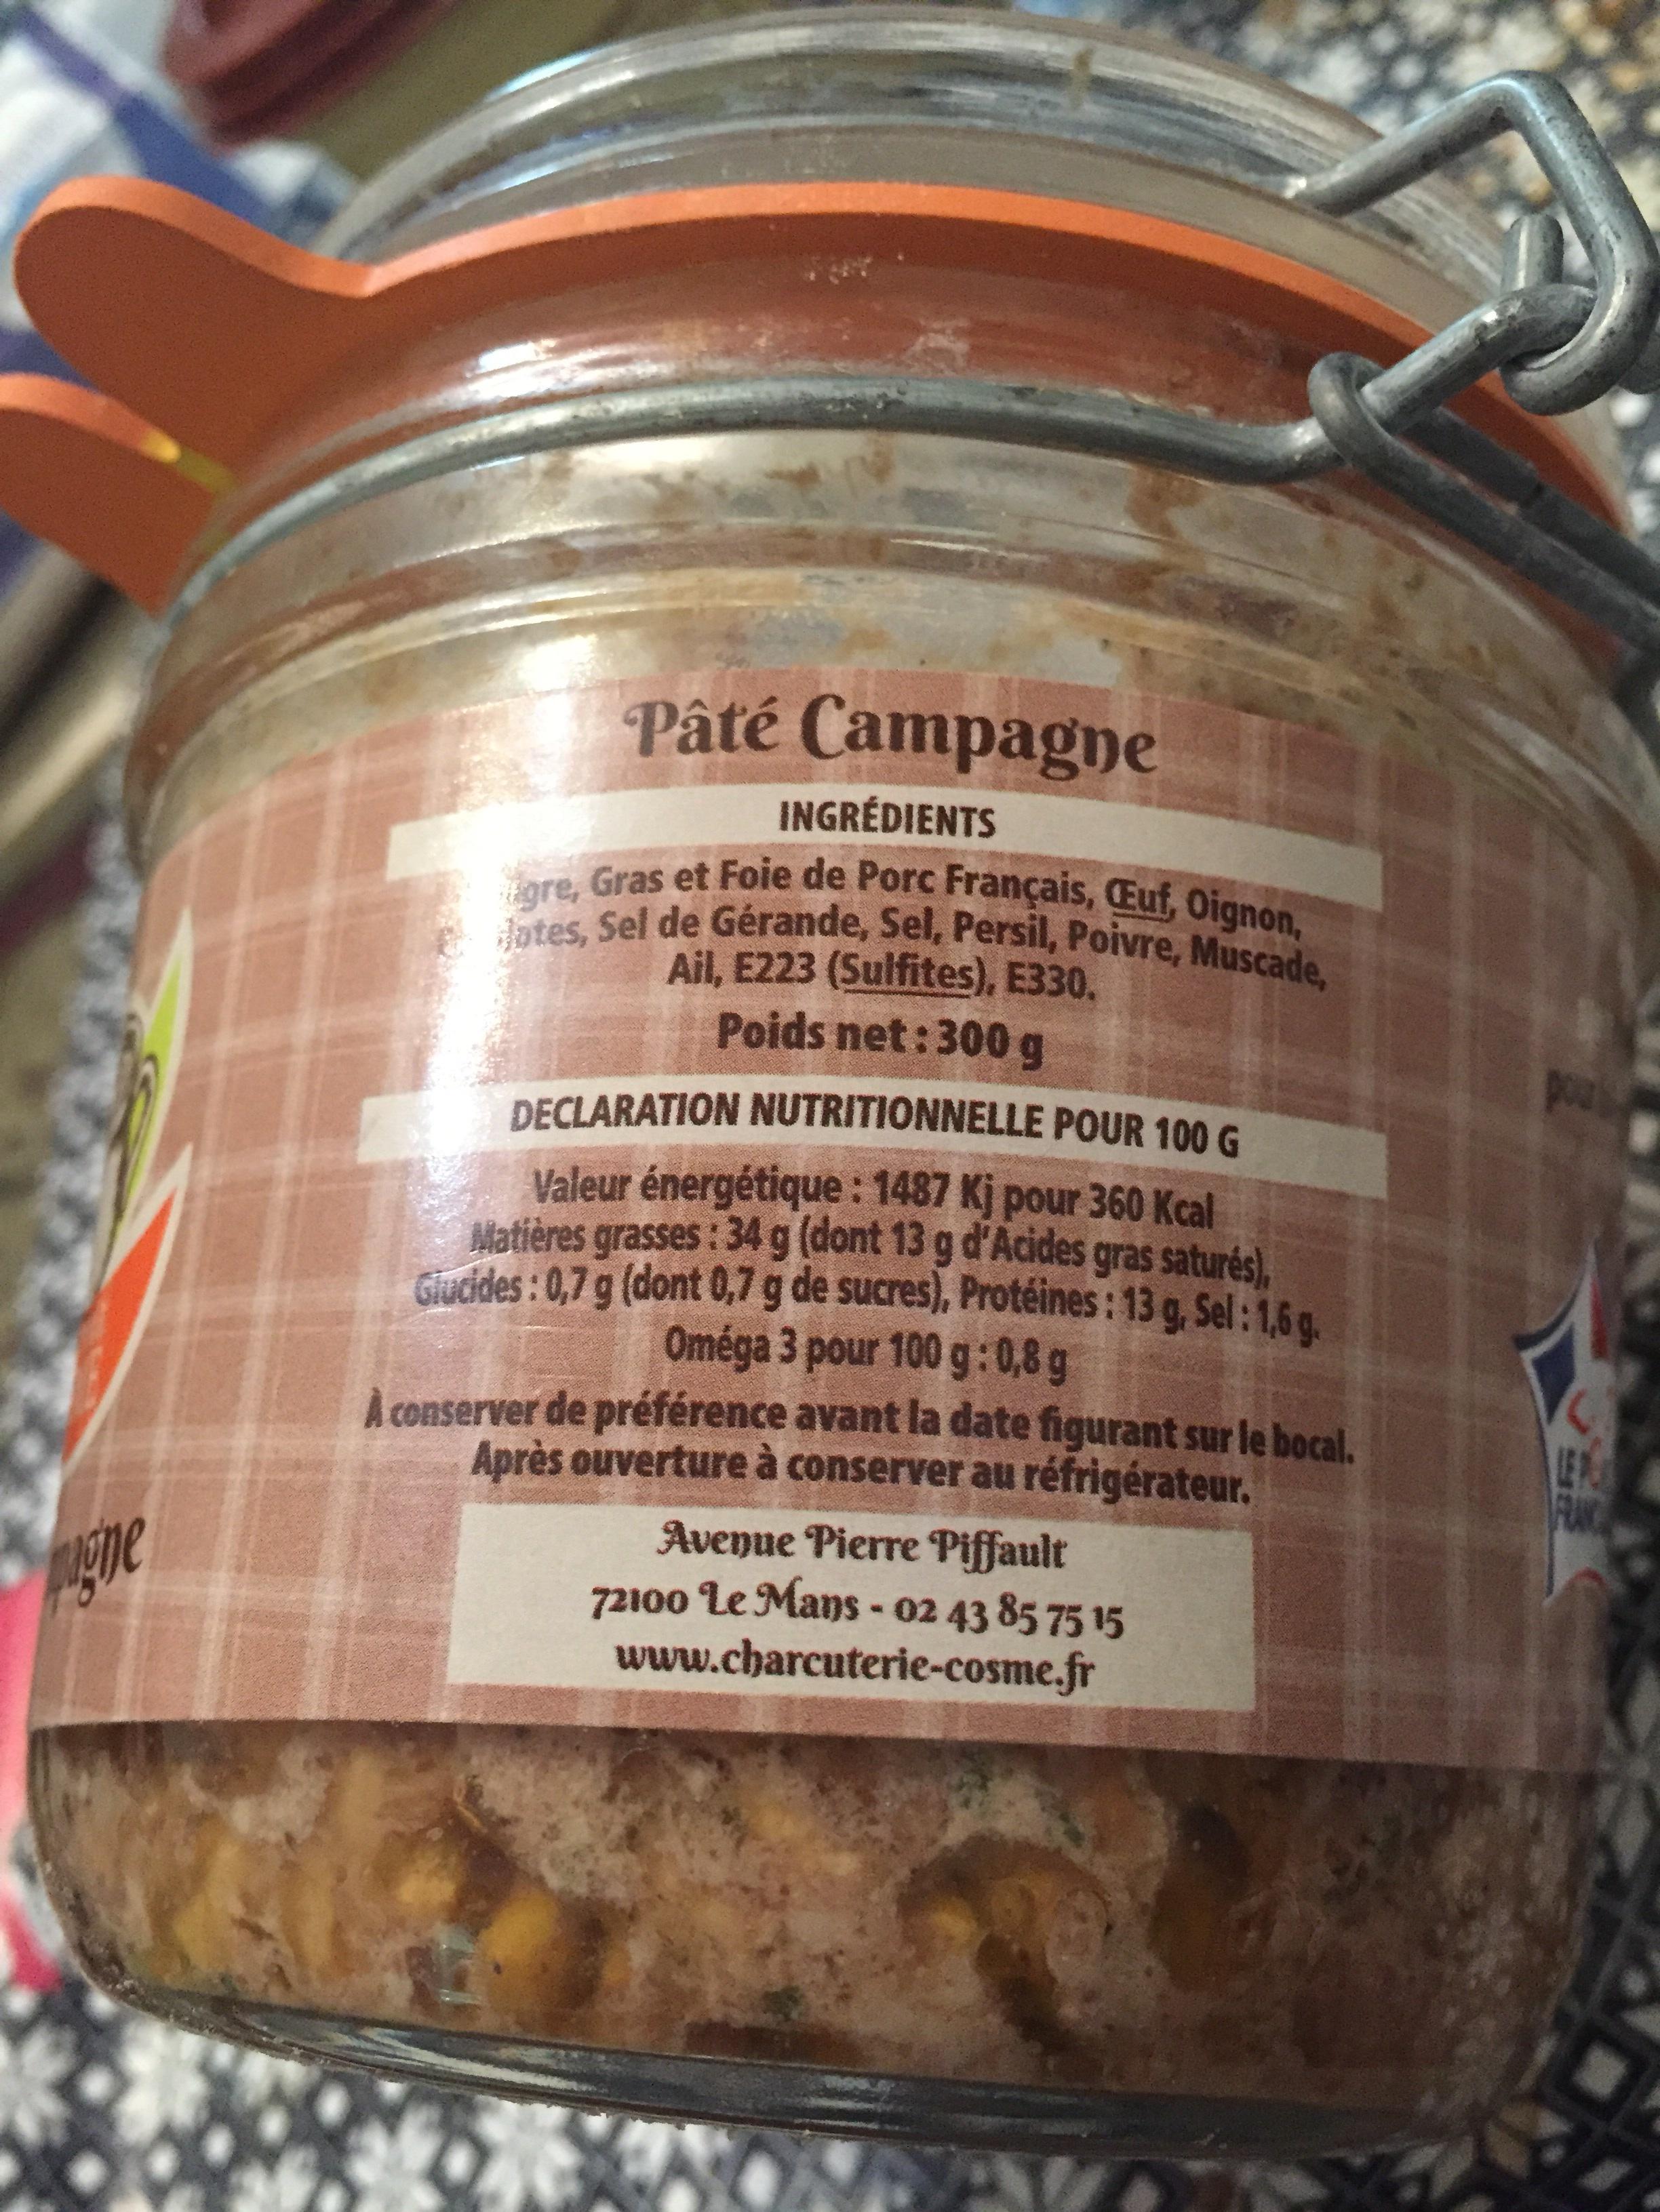
ghe
Pâté Campagne
INGRÉDIENTS
gre, Gras et Foie de Porc Français, Euf, Oignon, dates, Sel de Gérande, Sel, Persil, Poivre, Muscade,
Ail, E223 (Sulfites), E330.
Poids net: 300 g
DECLARATION NUTRITIONNELLE POUR 100 G
Valeur énergétique : 1487 Kj pour 360 Kcal Matières grasses : 34 g (dont 13 g d'Acides gras saturés), Glucides: 0,7 g (dont 0,7 g de sucres), Protéines : 13 g, Sel: 1,6 g. Oméga 3 pour 100 g: 0,8 g
conserver de préférence avant la date figurant sur le bocal. Après ouverture à conserver au réfrigérateur.
Avenue Pierre Piffault
72100 Le Mans - 02 43 85 75 15 www.charcuterie-cosme.fr
AV
pour